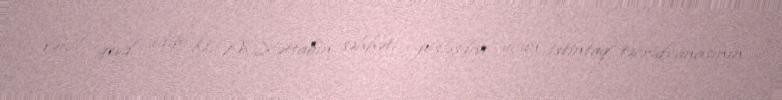
Vəkil qeyd edib ki, M.Xəttabın səhhəti pisləşdiyi üçün istintaq təcridxanasının